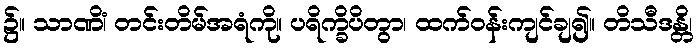
၌။ သာဏိံ၊ တင်းတိမ်အရံကို။ ပရိက္ခိပိတွာ၊ ထက်ဝန်းကျင်ချ၍။ တိသီဒန္တိ၊